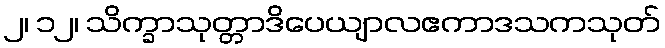
၂၊ ၁၂၊ သိက္ခာသုတ္တာဒိပေယျာလဧကာဒသကသုတ်